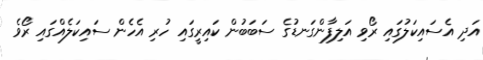
އަދި އެސައިކަލުގައި ރޯވި އަލިފާންގަނޑުގެ ސަބަބުން ކައިރީގައި ހުރި އެހެން ސައިކަލެއްގައި ރޯވެ